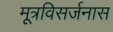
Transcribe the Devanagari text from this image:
मूत्रविसर्जनास